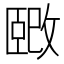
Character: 𫿉